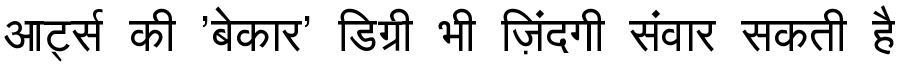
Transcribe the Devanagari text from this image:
आर्ट्स की 'बेकार' डिग्री भी ज़िंदगी संवार सकती है